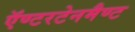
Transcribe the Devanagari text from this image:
ऍण्टरटेनमैण्ट